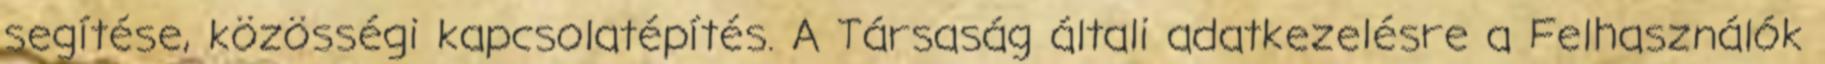
segítése, közösségi kapcsolatépítés. A Társaság általi adatkezelésre a Felhasználók